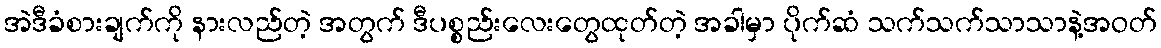
အဲဒီခံစားချက်ကို နားလည်တဲ့ အတွက် ဒီပစ္စည်းလေးတွေထုတ်တဲ့ အခါမှာ ပိုက်ဆံ သက်သက်သာသာနဲ့အဝတ်